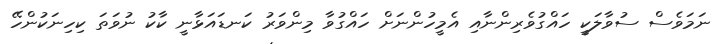
ނަމަވެސް ސުވާލަކީ ހައްގުވެރިންނާއި އެމީހުންނަށް ހައްގުވާ މިންވަރު ކަނޑައަޅާނީ ކާކު ނުވަތަ ކިހިނަކުންހޭ